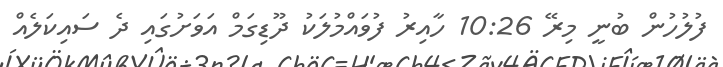
ފުލުހުން ބުނީ މިރޭ 10:26 ހާއިރު ފުވައްމުލަކު ދޫޑިގަމް އަވަށުގައި ދެ ސައިކަލެއް